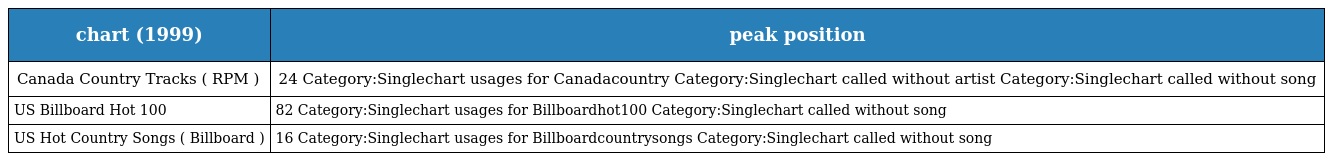
| chart (1999) | peak position |
 | --- | --- |
 | Canada Country Tracks ( RPM ) | 24 Category:Singlechart usages for Canadacountry Category:Singlechart called without artist Category:Singlechart called without song |
 | US Billboard Hot 100 | 82 Category:Singlechart usages for Billboardhot100 Category:Singlechart called without song |
 | US Hot Country Songs ( Billboard ) | 16 Category:Singlechart usages for Billboardcountrysongs Category:Singlechart called without song |